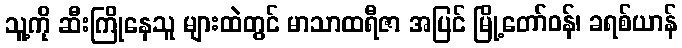
သူ့ကို ဆီးကြိုနေသူ များထဲတွင် မာသာထရီဇာ အပြင် မြို့တော်ဝန်၊ ခရစ်ယာန်